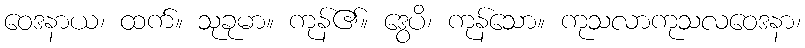
ဝေဒနာယ၊ ထက်။ သုခုမာ။ ကုန်၏။ ဒွေပိ၊ ကုန်သော။ ကုသလာကုသလဝေဒနာ၊